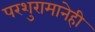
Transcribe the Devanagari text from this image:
परशुरामानेही